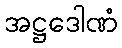
အဋ္ဌဒေါဏံ